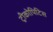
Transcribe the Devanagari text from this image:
ट्रीकोपिटिस